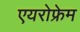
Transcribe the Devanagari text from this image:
एयरोफ्रेम